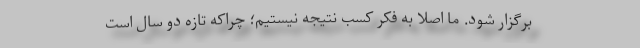
برگزار شود. ما اصلا به فکر کسب نتیجه نیستیم؛ چرا‌که تازه دو سال است